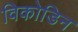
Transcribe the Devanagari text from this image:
विकोडिन